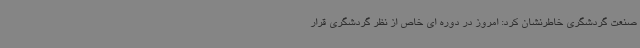
صنعت گردشگری خاطرنشان کرد: امروز در دوره ای خاص از نظر گردشگری قرار